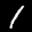
Label: 1